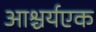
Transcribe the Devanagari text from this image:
आश्चर्यएक